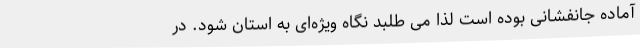
آماده جانفشانی بوده است لذا می طلبد نگاه ویژه‌ای به استان شود. در